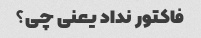
فاکتور نداد یعنی چی؟